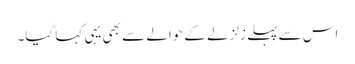
اس سے پہلے زلزلے کے حوالے سے بھی یہی کہا گیا۔